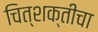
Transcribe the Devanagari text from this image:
चित्शक्तीचा